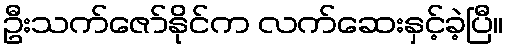
ဦးသက်ဇော်နိုင်က လက်ဆေးနှင့်ခဲ့ပြီ။